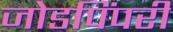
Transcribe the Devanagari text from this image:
जोडपिंपरी